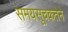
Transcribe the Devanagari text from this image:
समयसूचकतेने